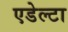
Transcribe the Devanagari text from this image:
एडेल्टा